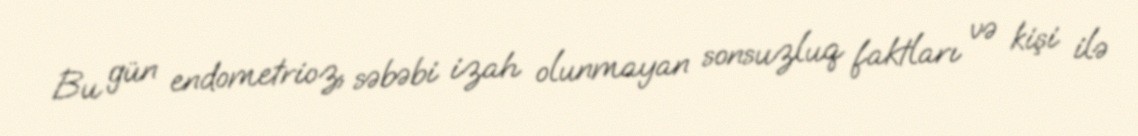
Bu gün endometrioz, səbəbi izah olunmayan sonsuzluq faktları və kişi ilə